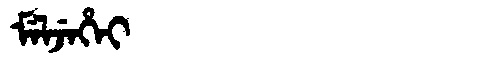
Manchu: ᠮᡝᠯᠵᡝᡥᡝᡳ
Romanization: MELJEHEI